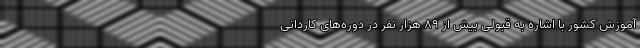
آموزش کشور با اشاره به قبولی بیش از ۸۹ هزار نفر در دوره‌های کاردانی